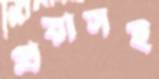
প্রয়াসই